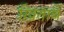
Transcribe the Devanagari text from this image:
ख़िताबें